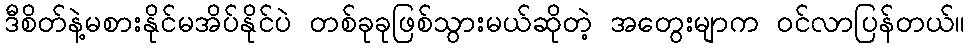
ဒီစိတ်နဲ့မစားနိုင်မအိပ်နိုင်ပဲ တစ်ခုခုဖြစ်သွားမယ်ဆိုတဲ့ အတွေးမျာက ဝင်လာပြန်တယ်။